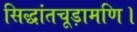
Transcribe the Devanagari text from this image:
सिद्धांतचूड़ामणि।